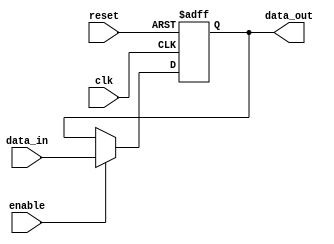
module ParameterizedRegister #(
    parameter WIDTH = 8  // Parameter to define the width of the register
)(
    input wire clk,          // Clock signal
    input wire reset,        // Asynchronous reset signal
    input wire [WIDTH-1:0] data_in,  // Input data signal
    input wire enable,       // Control signal to load input data
    output reg [WIDTH-1:0] data_out   // Output data signal
);

    // Always block for register behavior
    always @(posedge clk or posedge reset) begin
        if (reset) begin
            data_out <= {WIDTH{1'b0}};  // Initialize register to zero
        end else if (enable) begin
            data_out <= data_in;        // Load input data into register
        end
        // If reset is not asserted and enable is not asserted,
        // the register retains its previous value (implicit behavior)
    end

endmodule